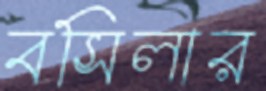
বসিলার